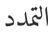
التمدد